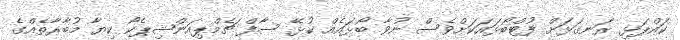
ކައްޕަޅި ރަނގަޅަށް ފުޓްބޯޅައަކަށްވެސް ނުވާ ބޯޅައެއް ކުޅޭ ސާފް ޗެމްޕިއަންޝިޕެކޯ ކިޔާ މުބާރާތެއްގެ